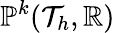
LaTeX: \mathbb{P}^{k}(\mathcal{T}_{h},\mathbb{R})